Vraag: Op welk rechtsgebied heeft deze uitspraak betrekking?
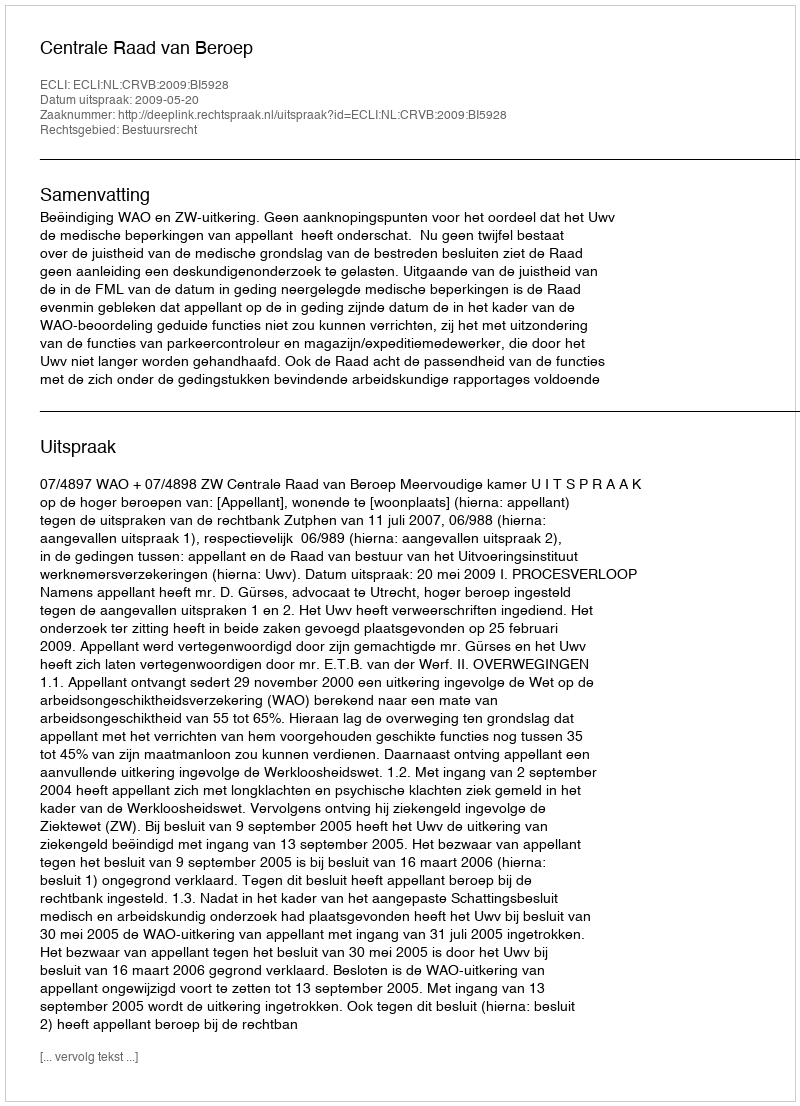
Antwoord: Bestuursrecht